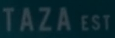
TAZAEST